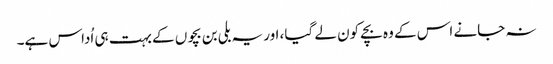
نہ جانے اس کے وہ بچے کون لے گیا، اور یہ بلی بن بچوں کے بہت ہی اُداس ہے۔